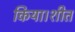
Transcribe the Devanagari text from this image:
किया।शीत